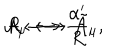
{ \cal A } _ { \mu } \longleftrightarrow \tilde { \cal A } _ { \mu } , \hspace { 4 0 m m } R \longleftrightarrow \frac { \alpha ^ { \prime } } { R }